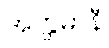
အတ္တမာနီ